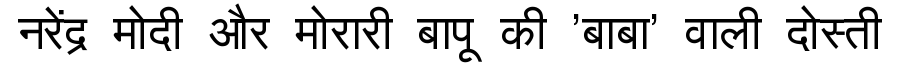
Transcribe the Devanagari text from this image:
नरेंद्र मोदी और मोरारी बापू की 'बाबा' वाली दोस्ती